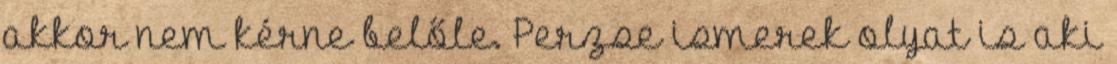
akkor nem kérne belőle. Perzse ismerek olyat is aki